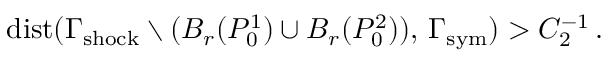
\mathrm { d i s t } ( \Gamma _ { \mathrm { s h o c k } } \setminus ( B _ { r } ( P _ { 0 } ^ { 1 } ) \cup B _ { r } ( P _ { 0 } ^ { 2 } ) ) , \, \Gamma _ { \mathrm { { s y m } } } ) > C _ { 2 } ^ { - 1 } \, .